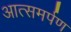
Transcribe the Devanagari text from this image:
आत्समर्पण